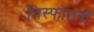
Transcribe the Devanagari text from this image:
विस्फोटनों